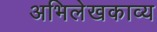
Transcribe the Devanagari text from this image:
अभिलेखकाव्य